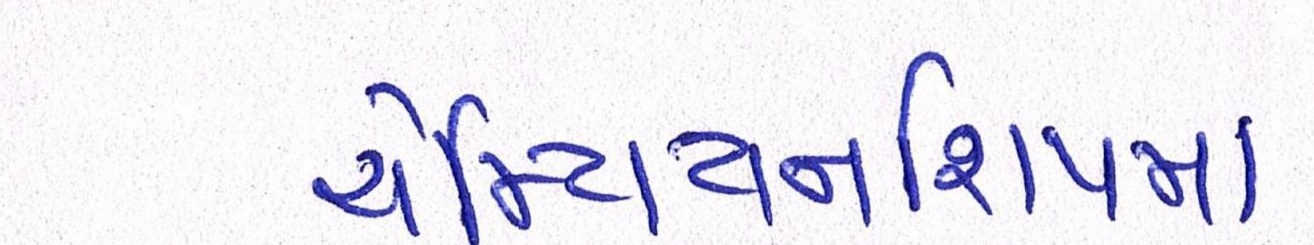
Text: ચેમ્પિયનશિપમાં